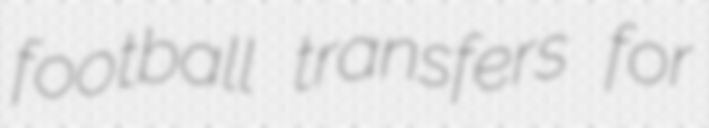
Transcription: football transfers for